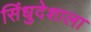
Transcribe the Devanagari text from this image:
सिंधुदेशाला